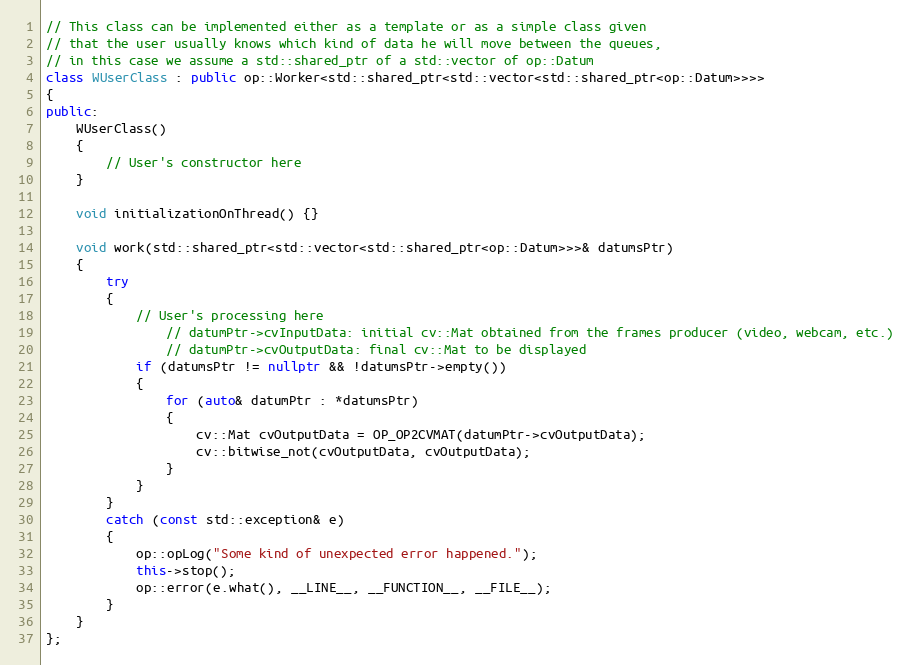
Language: C++
// This class can be implemented either as a template or as a simple class given
// that the user usually knows which kind of data he will move between the queues,
// in this case we assume a std::shared_ptr of a std::vector of op::Datum
class WUserClass : public op::Worker<std::shared_ptr<std::vector<std::shared_ptr<op::Datum>>>>
{
public:
    WUserClass()
    {
        // User's constructor here
    }

    void initializationOnThread() {}

    void work(std::shared_ptr<std::vector<std::shared_ptr<op::Datum>>>& datumsPtr)
    {
        try
        {
            // User's processing here
                // datumPtr->cvInputData: initial cv::Mat obtained from the frames producer (video, webcam, etc.)
                // datumPtr->cvOutputData: final cv::Mat to be displayed
            if (datumsPtr != nullptr && !datumsPtr->empty())
            {
                for (auto& datumPtr : *datumsPtr)
                {
                    cv::Mat cvOutputData = OP_OP2CVMAT(datumPtr->cvOutputData);
                    cv::bitwise_not(cvOutputData, cvOutputData);
                }
            }
        }
        catch (const std::exception& e)
        {
            op::opLog("Some kind of unexpected error happened.");
            this->stop();
            op::error(e.what(), __LINE__, __FUNCTION__, __FILE__);
        }
    }
};